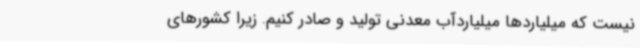
نیست که میلیاردها میلیاردآب معدنی تولید و صادر کنیم. زیرا کشورهای